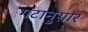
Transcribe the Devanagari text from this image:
गटानुसार